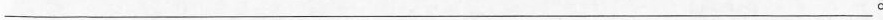
___.